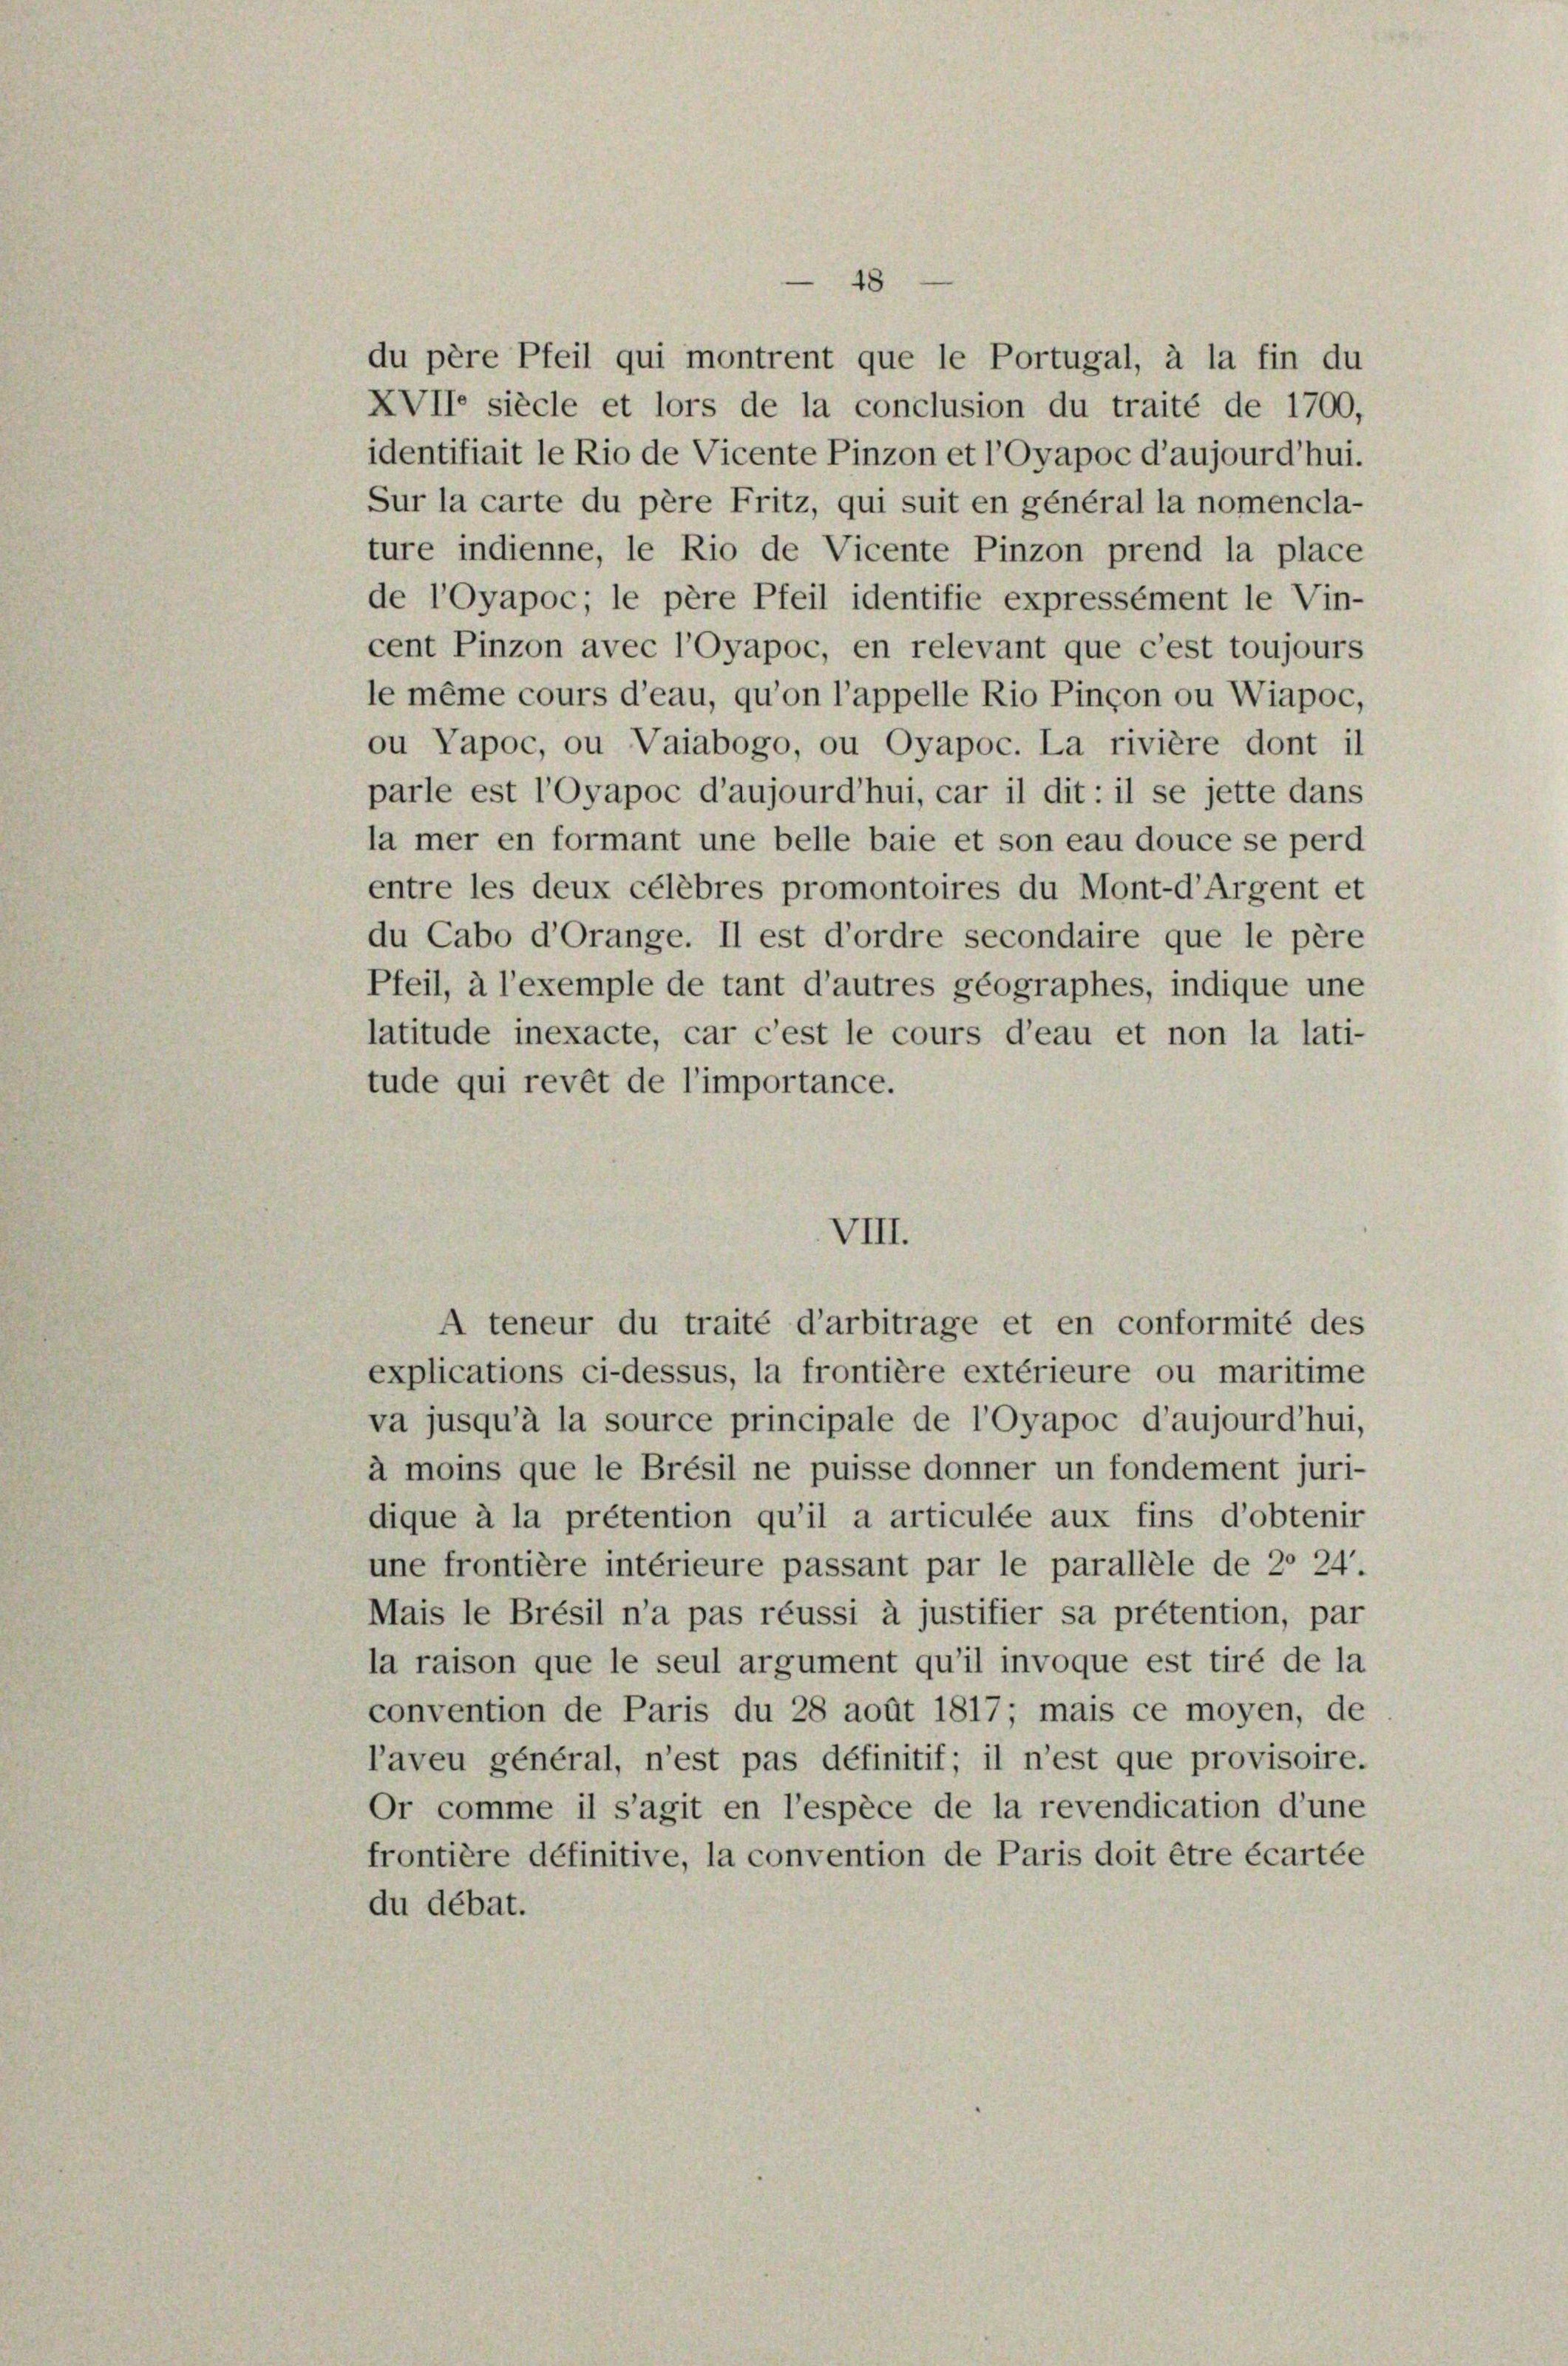
48

du père Pfeil qui montrent que le Portugal, à la fin du
XVII siècle et lors de la conclusion du traité de 1700,
identifiait le Rio de Vicente Pinzon et l’Oyapoc d’aujourd’hui.
Sur la carte du père Fritz, qui suit en général la nomencla-
ture indienne, le Rio de Vicente Pinzon prend la place
de l’oyapoc; le père Pfeil identifie expressément le Vin-
cent Pinzon avec l’Oyapoc, en relevant que c’est toujours
le même cours d’eau, qu’on l’appelle Rio Pinçon ou Wiapoc,
ou Papoc, ou Vaiabogo, ou Oyapoc. La rivière dont il
parle est l’Oyapoc d’aujourd’hui, car il dit: il se jette dans
la mer en formant une belle baie et son eau douce se perd
entre les deux célébres promontoires du Mont-d’Argent et
du Cabo d’Orange. Il est d’ordre secondaire que le père
Pfeil, à l’exemple de tant d’autres geographes, indique une
latitude inexacte, car c’est le cours d’eau et non la lati-
tude qui revêt de l’importance.

VIII.
A teneur du traité d’arbitrage et en conformité des

explications ci-dessus, la frontière extérieure ou maritime
va jusqu’à la source principale de l’Oyapoc d’aujourd’hui,
à moins que le Brésil ne puisse donner un fondement juri-
dique à la prétention qu’il a articulée aux fins d’obtenir
une frontière intérieure passant par le parallele de 20 24.
Mais le Brésil n’a pas réussi à justifier sa prétention, par
la raison que le seul argument qu’il invoque est tiré de la
convention de Paris du 28 août 1817; mais ce moyen, de
l’aveu général, n’est pas définitif; il n’est que provisoire.
Or comme il s’agit en l’espèce de la revendication d’une
frontière définitive, la convention de Paris doit être écartée
du débat.